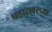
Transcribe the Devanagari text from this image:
पठारावरच्या